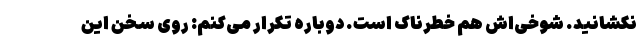
نکشانید. شوخی‌اش هم خطرناک است. دوباره تکرار می‌کنم: روی سخن این